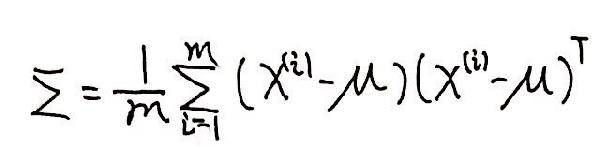
\[ \Sigma=\frac{1}{m}\sum_{i = 1}^{m}(X^{(i)}-\mu)(X^{(i)}-\mu)^{\mathrm{T}} \]